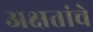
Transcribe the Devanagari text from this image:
अक्षतांचे